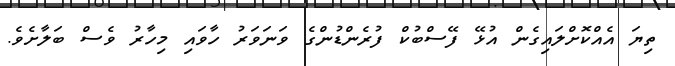
ތިޔަ އެއްކޮށްލައިގެން އުޅޭ ފޭސްބުކް ފުރެންޑުންގެ ވަނަވަރު ހާވައި މިހާރު ވެސް ބަލާށެވެ.